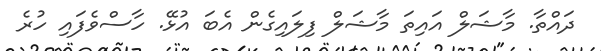
ދައްތާ. މާޝަލް އައިތަ މާޝަލް ފިލައިގެން އެބަ އުޅޭ. ހާސްވެފައި ހުރެ